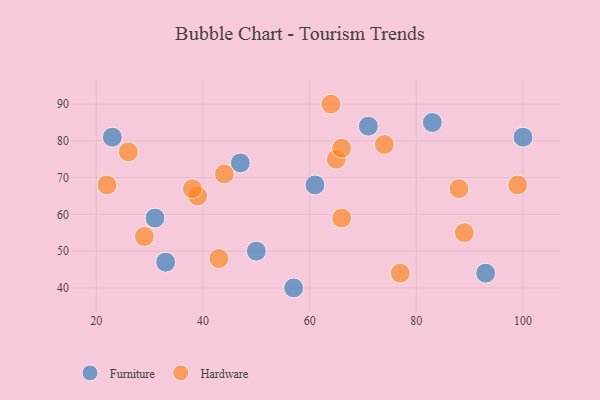
{"axis": {"x": "GDP", "y": "Life Expectancy"}, "legend": ["Furniture", "Hardware"], "data": [{"x": "71", "y": 84, "type": "Furniture"}, {"x": "47", "y": 74, "type": "Furniture"}, {"x": "93", "y": 44, "type": "Furniture"}, {"x": "50", "y": 50, "type": "Furniture"}, {"x": "83", "y": 85, "type": "Furniture"}, {"x": "57", "y": 40, "type": "Furniture"}, {"x": "33", "y": 47, "type": "Furniture"}, {"x": "61", "y": 68, "type": "Furniture"}, {"x": "23", "y": 81, "type": "Furniture"}, {"x": "31", "y": 59, "type": "Furniture"}, {"x": "100", "y": 81, "type": "Furniture"}, {"x": "99", "y": 68, "type": "Hardware"}, {"x": "39", "y": 65, "type": "Hardware"}, {"x": "65", "y": 75, "type": "Hardware"}, {"x": "66", "y": 59, "type": "Hardware"}, {"x": "43", "y": 48, "type": "Hardware"}, {"x": "26", "y": 77, "type": "Hardware"}, {"x": "89", "y": 55, "type": "Hardware"}, {"x": "66", "y": 78, "type": "Hardware"}, {"x": "64", "y": 90, "type": "Hardware"}, {"x": "38", "y": 67, "type": "Hardware"}, {"x": "77", "y": 44, "type": "Hardware"}, {"x": "88", "y": 67, "type": "Hardware"}, {"x": "22", "y": 68, "type": "Hardware"}, {"x": "74", "y": 79, "type": "Hardware"}, {"x": "44", "y": 71, "type": "Hardware"}, {"x": "29", "y": 54, "type": "Hardware"}]}